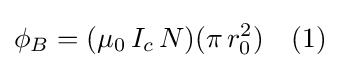
\phi _{B}=(\mu _{0}\,I_{c}\,N)(\pi \,r_{0}^{2})\quad (1)